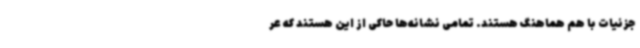
جزئیات با هم هماهنگ هستند. تمامی نشانه‌ها حاکی از این هستند که عر